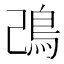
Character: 𩾠